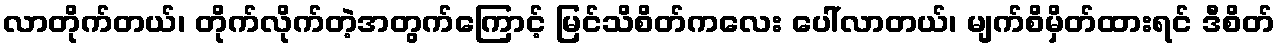
လာတိုက်တယ်၊ တိုက်လိုက်တဲ့အတွက်ကြောင့် မြင်သိစိတ်ကလေး ပေါ်လာတယ်၊ မျက်စိမှိတ်ထားရင် ဒီစိတ်